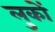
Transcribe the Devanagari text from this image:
लुकों